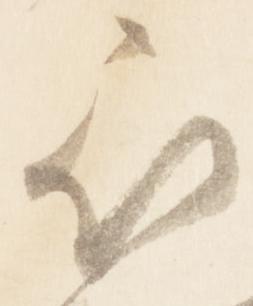
被